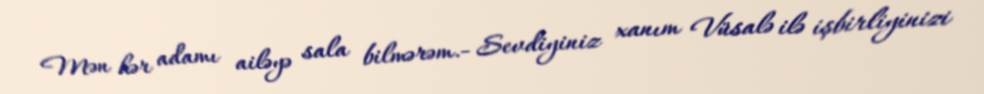
Mən hər adamı ailəyə sala bilmərəm.- Sevdiyiniz xanım Vüsalə ilə işbirliyinizi